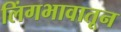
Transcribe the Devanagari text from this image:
लिंगभावातून